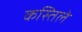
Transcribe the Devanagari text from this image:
कस्तिले